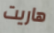
هاريت